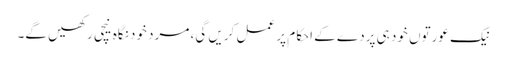
نیک عورتوں خود ہی پردے کے احکام پر عمل کریں گی، مرد خود نگاہ نیچی رکھیں گے۔